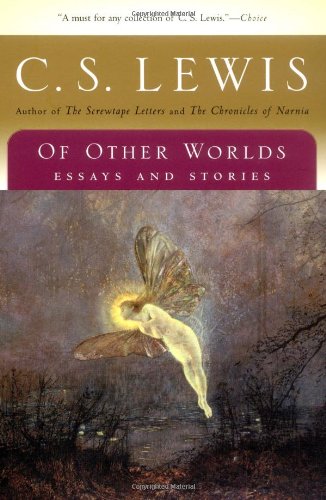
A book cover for Of Other Worlds: Essays and Stories; C. S. Lewis; Literature & Fiction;